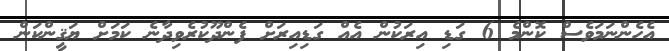
އެހެންނަމަވެސް ކޮންމެ 6 ގަޑި އިރަކުން އެއް ގަޑިއިރަށް ފެންދޫކުރެވިދާނެ ކަމަށް ޔަޤީންކަން